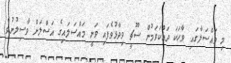
މި މައްސަލާގައި ވާހަކަ ދައްކަވަމުން ސޫޗީ ވިދާޅުވެފައި ވަނީ މައްސަލައިގެ އަސްލަށް ވާސިލުނުވެ